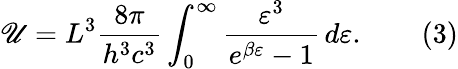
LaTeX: \mathscr{U}=L^{3}{\frac{{8\pi}}{{h^{3}c^{3}}}}\int_{0}^{\infty}{\frac{{\varepsilon^{3}}}{{e^{\beta\varepsilon}-1}}}\, d\varepsilon.\qquad{\mathrm{{(3)}}}